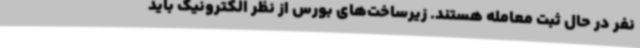
نفر در حال ثبت معامله هستند. زیرساخت‌های بورس از نظر الکترونیک باید